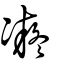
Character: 凝